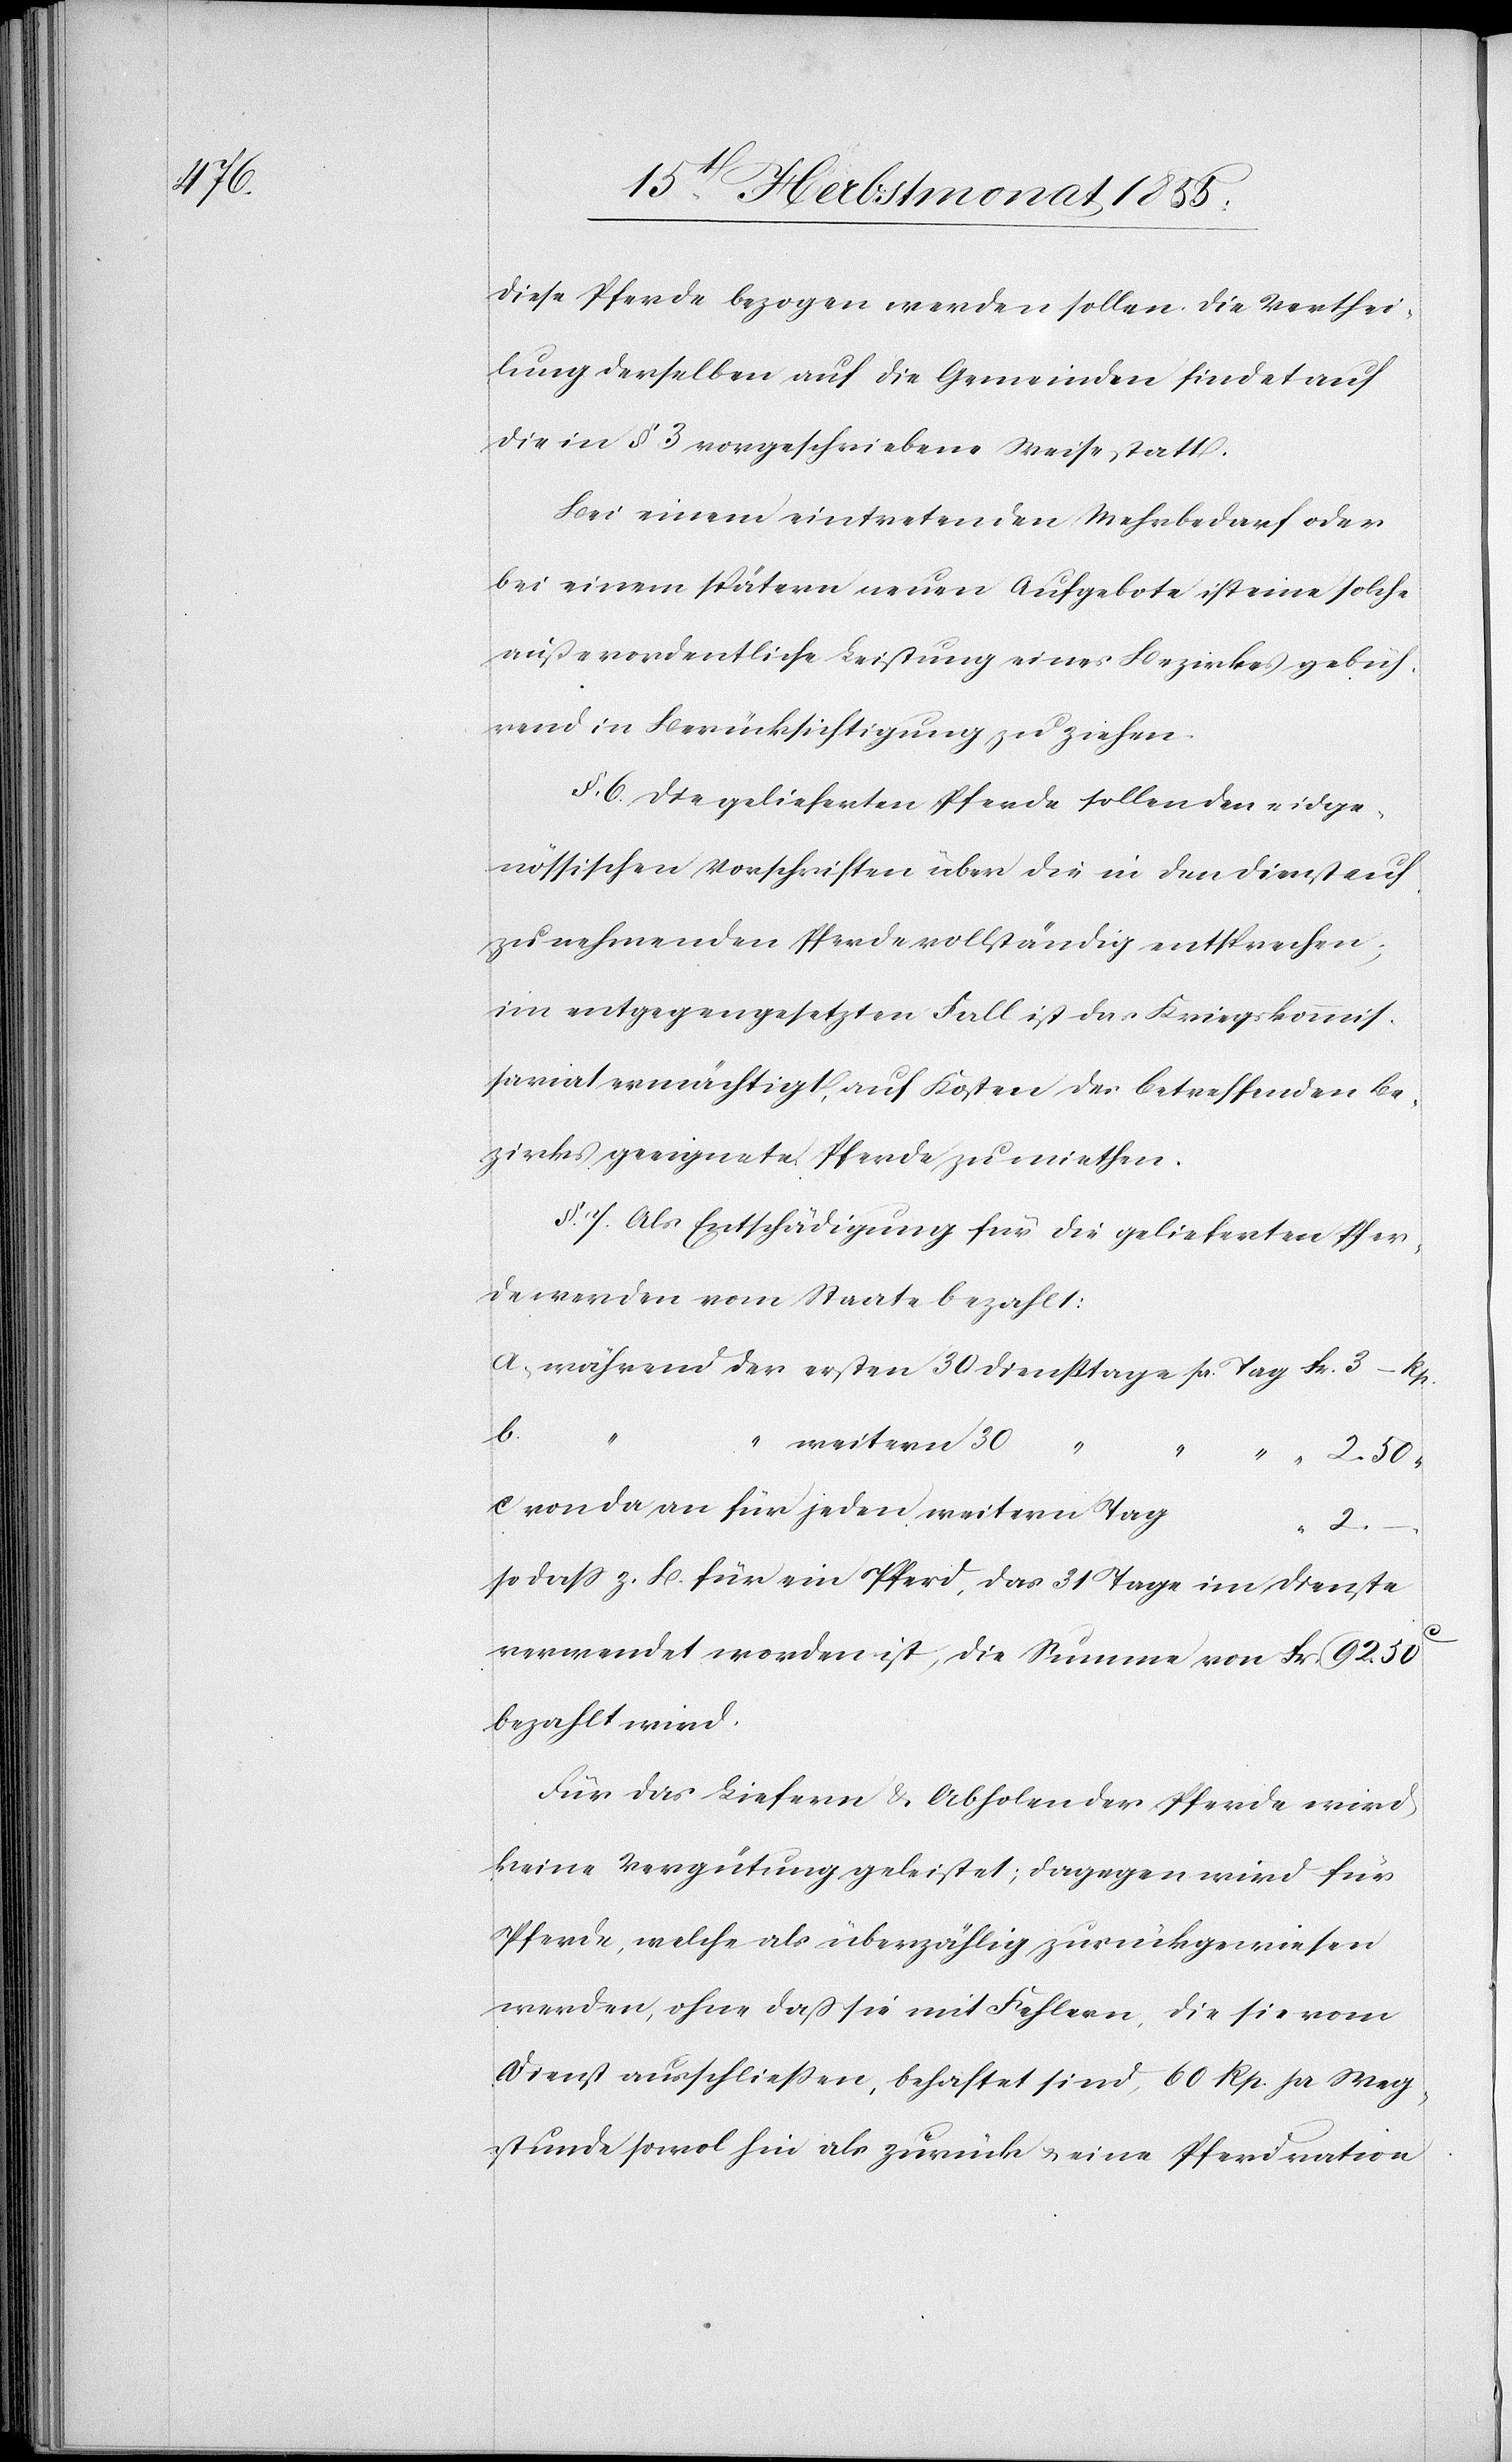
diese Pferde bezogen werden sollen. Die Verthei¬
lung derselben auf die Gemeinden findet auf
die in § 3 vorgeschriebene Weise statt.
Bei einem eintretenden Mehrbedarf oder
bei einem spätern neuen Aufgebote ist eine solche
außerordentliche Leistung eines Bezirkes gebüh¬
rend in Berücksichtigung zu ziehen.
§. 6. Die gelieferten Pferde sollen den eidge¬
nössischen Vorschriften über die in den Dienst auf¬
zunehmenden Pferde vollständig entsprechen;
im entgegengesetzten Fall ist das Kriegskommis¬
sariat ermächtigt, auf Kosten des betreffenden Be¬
zirks geeignete Pferde zu miethen.
§. 7. Als Entschädigung für die gelieferten Pfer¬
de werden vom Staate bezahlt:
a, während der ersten 30 Diensttage pr. Tag
b.
“
weitern 30 “
c. von da an für jeden weitern Tag
2.
–
so dass z. B. für ein Pferd, das 31 Tage im Dienste
verwendet worden ist, die Summe von Fr. 92. 50c
bezahlt wird.
Für das Liefern & Abholen der Pferde wird
keine Vergütung geleistet; dagegen wird für
Pferde, welche als überzählig zurückgewiesen
werden, ohne daß sie mit Fehlern, die sie vom
Dienst ausschließen, behaftet sind, 60 Rp. pr Weg¬
stunde sowol hin als zurück & eine Pferdration